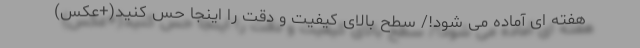
هفته ای آماده می شود!/ سطح بالای کیفیت و دقت را اینجا حس کنید(+عکس)